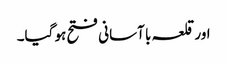
اور قلعہ با آسانی فتح ہو گیا۔